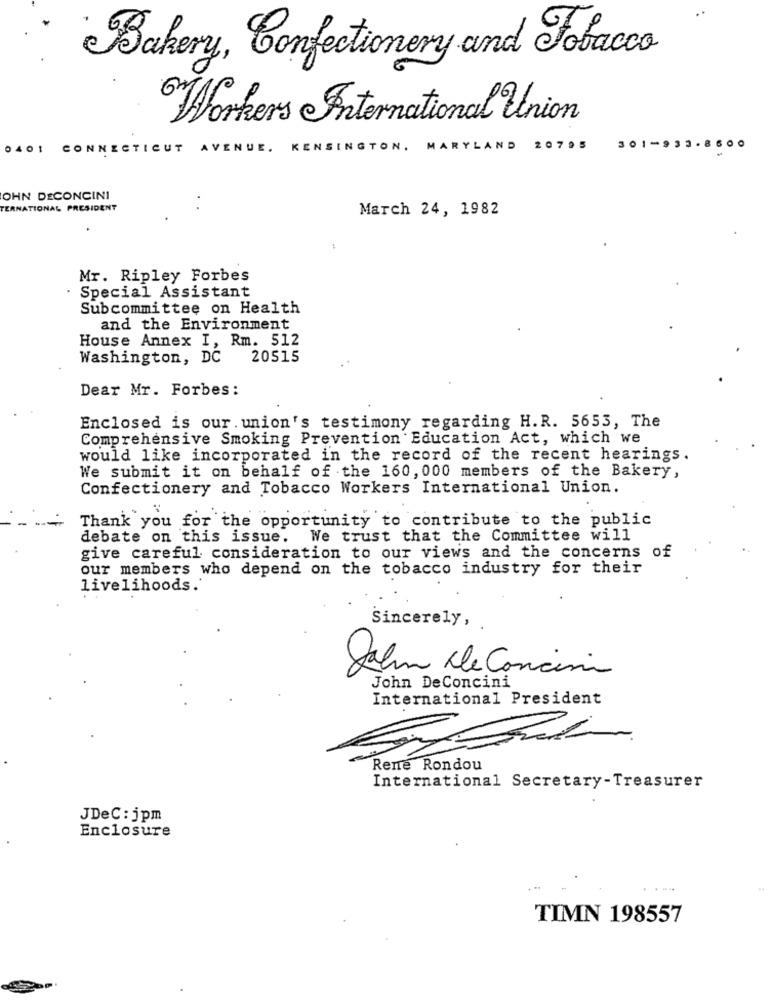
Bakery, Confectionery and Tobacco
Workers International Union
0401 CONNECTICUT
AVENUE. KENSINGTON. MARYLAND
20795
301-933.8600
OHN DECONCINI
TERNATIONAL PRESIDENT
March 24, 1982
Mr. Ripley Forbes
· Special Assistant
Subcommittee on Health
and the Environment
House Annex I, Rm. 512
Washington, DC
20515
Dear Mr. Forbes:
Enclosed is our. union's testimony regarding H.R. 5653, The
Comprehensive Smoking Prevention Education Act, which we
would like incorporated in the record of the recent hearings.
We submit it on behalf of the 160, 000 members of the Bakery,
Confectionery and Tobacco Workers International Union.
Thank you for the opportunity to contribute to the public
debate on this issue. We trust that the Committee will
give careful consideration to our views and the concerns of
our members who depend on the tobacco industry for their
livelihoods.
Sincerely,
John De Concini
John DeConcini
International President
Rene Rondou
International Secretary-Treasurer
JDeC: jpm
Enclosure
TIMN 198557